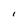
Character: I